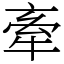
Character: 牽